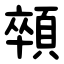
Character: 顇